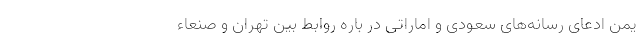
یمن ادعای رسانه‌های سعودی و اماراتی در باره روابط بین تهران و صنعاء